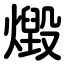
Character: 燬